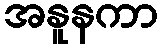
အနူနကာ